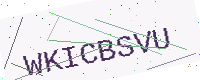
Text: WKICBSVU